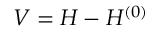
V = H - H ^ { ( 0 ) }